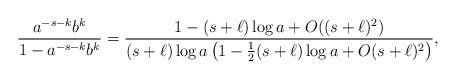
LaTeX: \begin{align*} \frac{a^{-s-k}b^k}{1-a^{-s-k}b^{k}}=\frac{1-(s+\ell)\log a + O((s+\ell)^2)}{(s+\ell)\log a \left( 1-\tfrac{1}{2}(s+\ell)\log a + O(s+\ell)^2\right)},\end{align*}